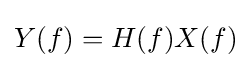
Y(f)=H(f)X(f)